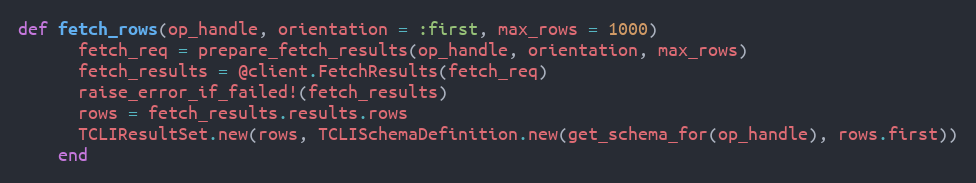
Language: Ruby
def fetch_rows(op_handle, orientation = :first, max_rows = 1000)
      fetch_req = prepare_fetch_results(op_handle, orientation, max_rows)
      fetch_results = @client.FetchResults(fetch_req)
      raise_error_if_failed!(fetch_results)
      rows = fetch_results.results.rows
      TCLIResultSet.new(rows, TCLISchemaDefinition.new(get_schema_for(op_handle), rows.first))
    end